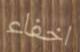
اخفاء